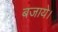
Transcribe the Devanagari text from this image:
बजाये।